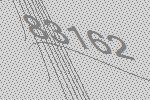
83162